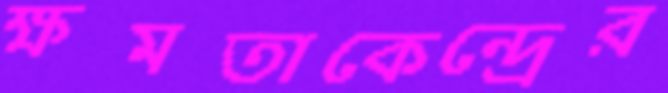
ক্ষমতাকেন্দ্রের